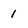
Character: 1